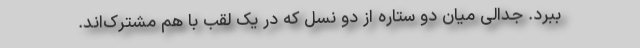
ببرد. جدالی میان دو ستاره از دو نسل که در یک لقب با هم مشترک‌اند.